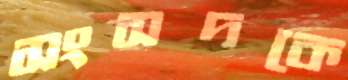
সংসদকে